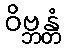
ဝိဗ္ဘန္တံ